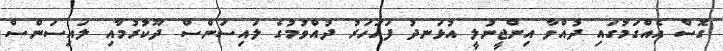
ގޮސް އެއްގަމުގައި ދުއްވާ އިންޖީނުލީ އުޅަނދު ފަހަހަރު ދުއްވުމުގެ ލައިސަންސް ދޫކުރުމާއި ލައިސަންސް